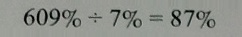
6 0 9 \% \div 7 \% = 8 7 \%